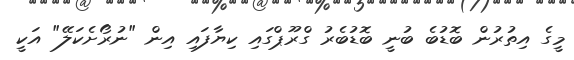
މީގެ އިތުރުން ބޮޑުބެ ބުނީ ބޮޑުބެރު ގްރޫޕްގައި ކިޔާފައި އިން "ނުރޯށެކަލޭ" އަކީ